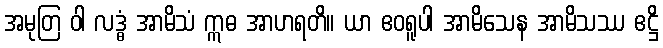
အမုတြ ဝါ လဒ္ဓံ အာမိသံ ဣဓ အာဟရတိ။ ယာ ဧဝရူပါ အာမိသေန အာမိသဿ ဧဋ္ဌိ